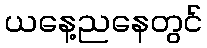
ယနေ့ညနေတွင်